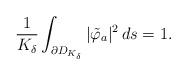
LaTeX: \begin{align*} \frac{1}{K_\delta}\int_{\partial D_{K_\delta}}|\tilde\varphi_a|^2\,ds=1.\end{align*}